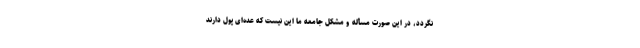
نگردد، در این صورت مسأله و مشکل جامعه ما این نیست که عده‌ای پول دارند